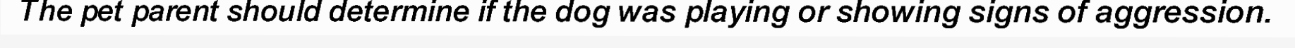
The pet parent should determine if the dog was playing or showing signs of aggression.